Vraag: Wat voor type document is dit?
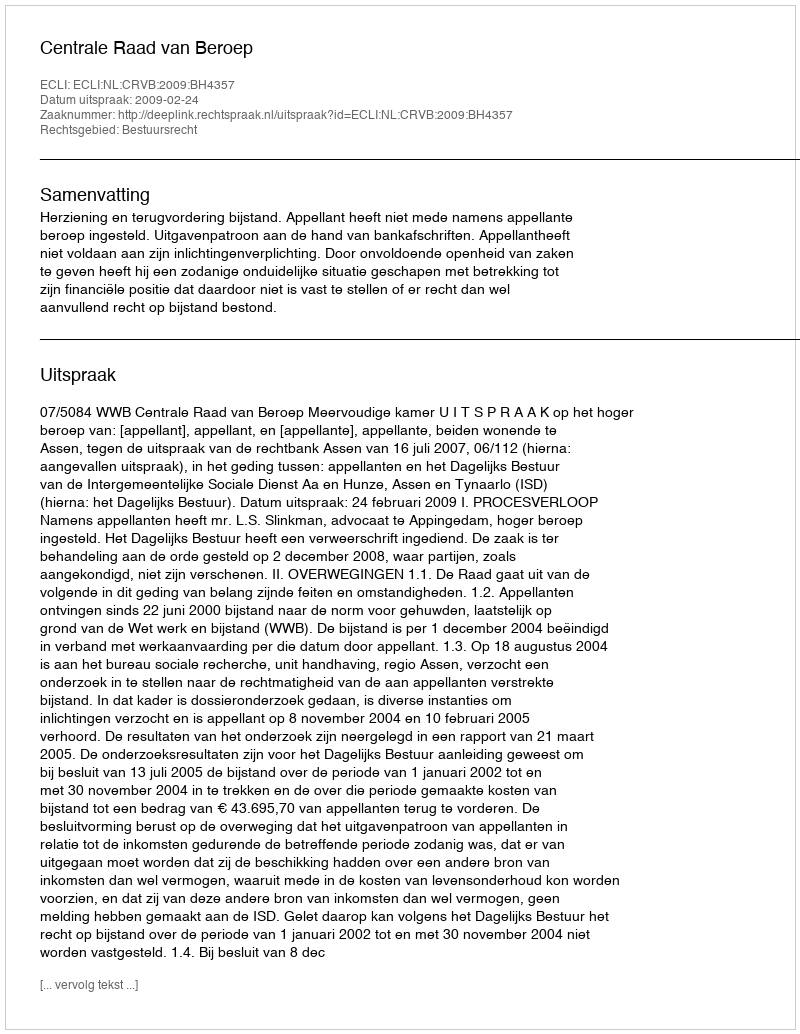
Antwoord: Uitspraak